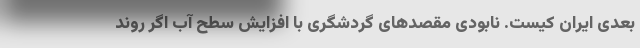
بعدی ایران کیست. نابودی مقصدهای گردشگری با افزایش سطح آب اگر روند